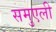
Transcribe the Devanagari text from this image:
समुएली